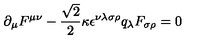
\partial _ { \mu } F ^ { \mu \nu } - \frac { \sqrt { 2 } } { 2 } \kappa \epsilon ^ { \nu \lambda \sigma \rho } q _ { \lambda } F _ { \sigma \rho } = 0